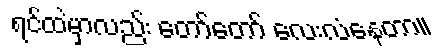
ရင်ထဲမှာလည်း တော်တော် လေးလံနေတာ။